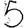
Digit: 5